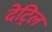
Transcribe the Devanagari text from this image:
देट्रिल